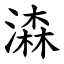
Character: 潹